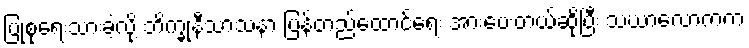
ပြုစုရေးသားခဲ့လို့ ဘိက္ခုနီသာသနာ ပြန်တည်ထောင်ရေး အားပေးတယ်ဆိုပြီး သံဃာလောကက